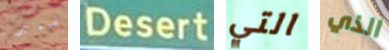
ضمير Desert التي الذي